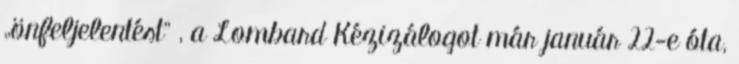
„önfeljelentést” , a Lombard Kézizálogot már január 22-e óta,